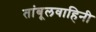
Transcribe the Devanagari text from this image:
तांबूलवाहिनी